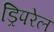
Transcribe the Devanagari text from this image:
ड्रिपरेल